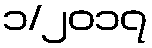
၁/၂၀၁၇